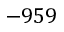
- 9 5 9